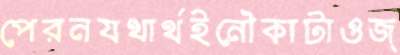
পেরনযথার্থইনৌকাটাওজ্